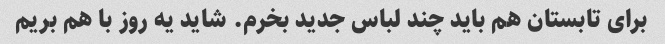
برای تابستان هم باید چند لباس جدید بخرم. شاید یه روز با هم بریم